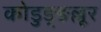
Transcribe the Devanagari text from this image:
कोडुङ्ङल्लूर